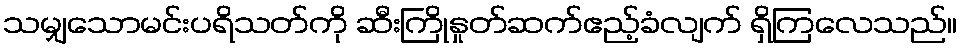
သမျှသောမင်းပရိသတ်ကို ဆီးကြိုနှုတ်ဆက်ဧည့်ခံလျက် ရှိကြလေသည်။